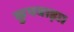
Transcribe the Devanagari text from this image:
कुपवाड़ा।